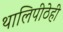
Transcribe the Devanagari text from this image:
थालिपीठेही